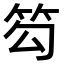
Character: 𥬉